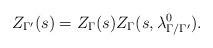
LaTeX: \begin{align*}Z_{\Gamma'}(s) = Z_\Gamma(s) Z_\Gamma(s,\lambda_{\Gamma/\Gamma'}^0).\end{align*}